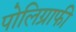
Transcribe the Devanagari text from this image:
पोलिग्राफी